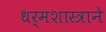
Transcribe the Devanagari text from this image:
धर्मशास्त्राने